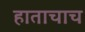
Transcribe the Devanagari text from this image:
हाताचाच